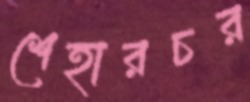
শেহারচর